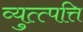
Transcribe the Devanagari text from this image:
व्युत्त्पत्ति